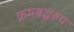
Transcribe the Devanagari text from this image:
क्रमबद्धरूप